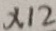
x 1 2